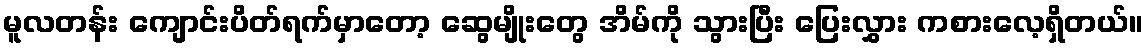
မူလတန်း ကျောင်းပိတ်ရက်မှာတော့ ဆွေမျိုးတွေ အိမ်ကို သွားပြီး ပြေးလွှား ကစားလေ့ရှိတယ်။